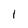
Character: I